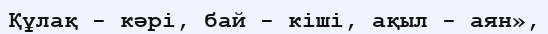
Құлақ - кәрі, бай - кіші, ақыл - аян»,